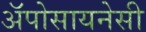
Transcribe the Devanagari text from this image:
अॅपोसायनेसी